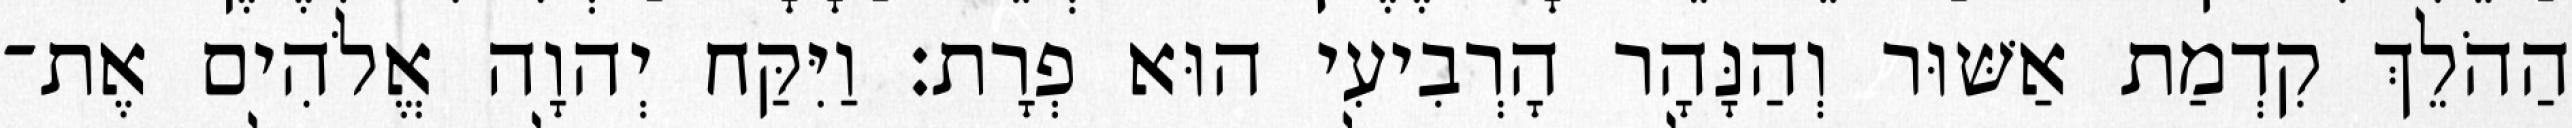
הַהֹלֵךְ קִדְמַת אַשּׁוּר וְהַנָּהָר הָרְבִיעִי הוּא פְרָת׃ וַיִּקַּח יְהוָה אֱלֹהִים אֶת־